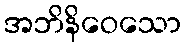
အဘိနိဝေသော